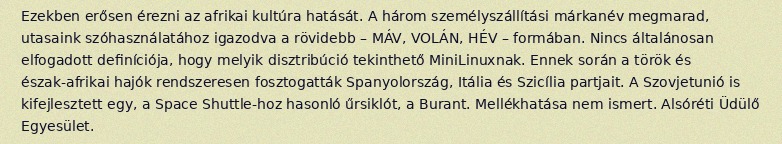
Ezekben erősen érezni az afrikai kultúra hatását. A három személyszállítási márkanév megmarad, utasaink szóhasználatához igazodva a rövidebb – MÁV, VOLÁN, HÉV – formában. Nincs általánosan elfogadott definíciója, hogy melyik disztribúció tekinthető MiniLinuxnak. Ennek során a török és észak-afrikai hajók rendszeresen fosztogatták Spanyolország, Itália és Szicília partjait. A Szovjetunió is kifejlesztett egy, a Space Shuttle-hoz hasonló űrsiklót, a Burant. Mellékhatása nem ismert. Alsóréti Üdülő Egyesület.